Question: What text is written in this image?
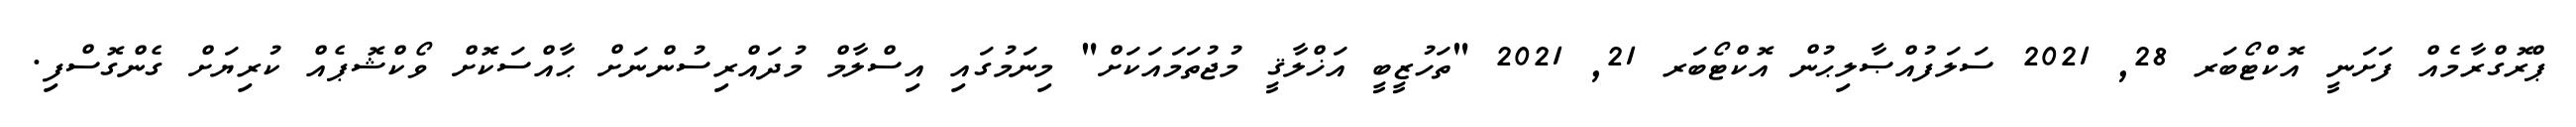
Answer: ޕްރޮގްރާމެއް ފަށަނީ އޮކްޓޯބަރ 28, 2021 ސަލަފުއްޞާލިޙުން އޮކްޓޯބަރ 21, 2021 "ތަހުޒީބީ އަޚްލާޤީ މުޖުތަމައަކަށް" މިނަމުގައި އިސްލާމް މުދައްރިސުންނަށް ޙާއްސަކޮށް ވޯކްޝޮޕެއް ކުރިޔަށް ގެންގޮސްފި.